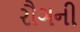
રૌગની